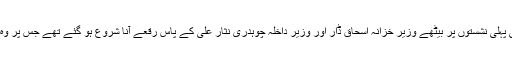
وزیراعظم کی تقریر کے اختتام سے پہلے ہی پہلی نشستوں پر بیٹھے وزیر خزانہ اسحاق ڈار اور وزیر داخلہ چوہدری نثار علی کے پاس رقعے آنا شروع ہو گئے تھے جس پر وہ کچھ تحریر کرنے پر مصروف دکھائی دے۔